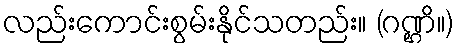
လည်းကောင်းစွမ်းနိုင်သတည်း။ (ဂဏ္ဌိ။)